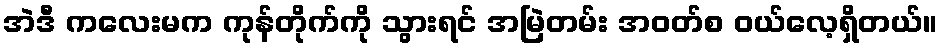
အဲဒီ ကလေးမက ကုန်တိုက်ကို သွားရင် အမြဲတမ်း အဝတ်စ ဝယ်လေ့ရှိတယ်။